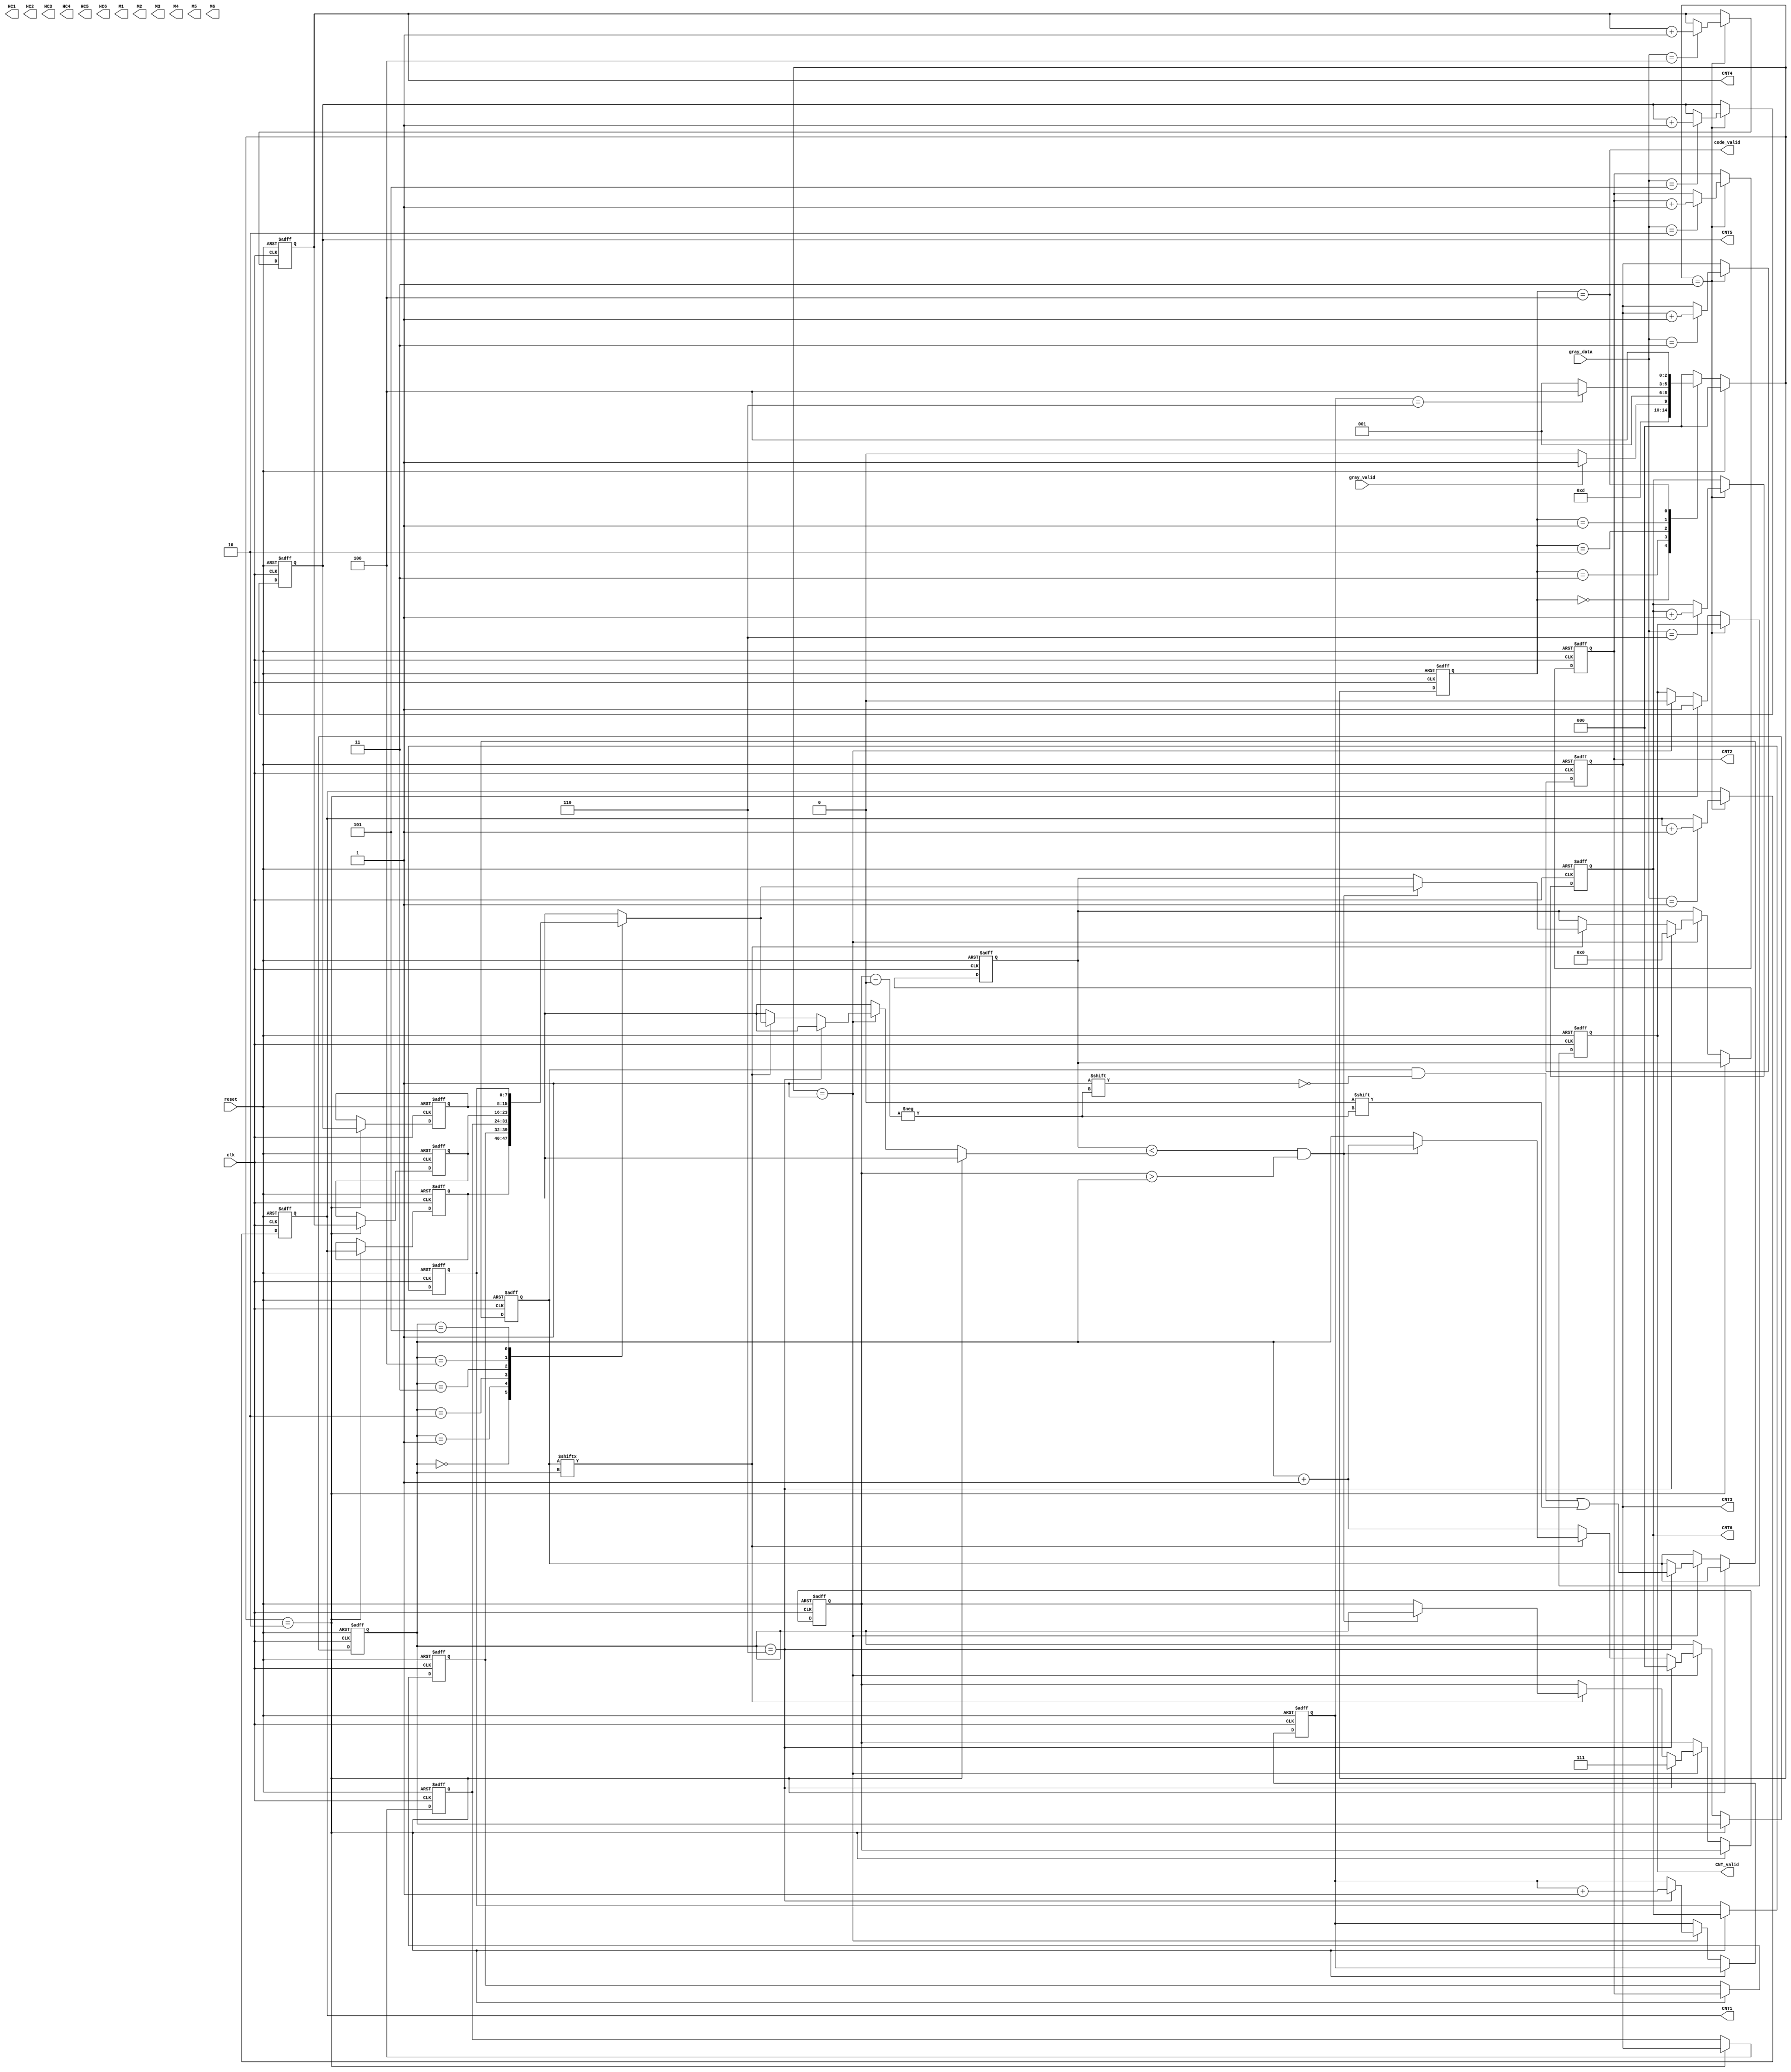
module huffman(clk, reset, gray_data, gray_valid, CNT_valid, CNT1, CNT2, CNT3, CNT4, CNT5, CNT6,
    code_valid, HC1, HC2, HC3, HC4, HC5, HC6, M1, M2, M3, M4, M5, M6);

input clk;
input reset;
input gray_valid;
input [7:0] gray_data;
output reg CNT_valid;
output reg [7:0] CNT1, CNT2, CNT3, CNT4, CNT5, CNT6;
output code_valid;
output [7:0] HC1, HC2, HC3, HC4, HC5, HC6;
output [7:0] M1, M2, M3, M4, M5, M6;
  
reg [2:0]state, next_state;
parameter IDLE = 3'd0,
    INIT = 3'd1,
    CNT_OUT = 3'd2,
    READ = 3'd3,
    COMB = 3'd4,
    SPLIT = 3'd5,
    OUT = 3'd6;

reg [2:0] counter1;
reg [2:0] counter2;
reg [2:0] max_idx;
reg [7:0] max_val;
reg [7:0] arr_val[0:5];
reg [2:0] arr_idx[0:5];
reg [7:0] sorted_val[0:5];
reg [2:0] sorted_idx[0:5];
reg [5:0] record;

assign code_valid = (state == COMB);

integer i;

always@(posedge clk or posedge reset)begin
    if(reset)
        state <= IDLE;
    else 
        state <= next_state;
end

always@(*)begin
    if(reset)
        next_state = IDLE;
    else begin
        case(state)
            IDLE:
                next_state = READ;
            READ:begin
                if(gray_valid == 1) next_state = READ;
                else next_state = CNT_OUT;  
            end
            CNT_OUT: next_state = INIT;
            INIT:begin
                if(counter1 == 6) next_state = COMB;
                else next_state = INIT;
            end
            COMB:begin
                next_state = COMB;
                // if() next_state = OUT;
                // else next_state = CAL;
            end 
            // SPLIT:
            // OUT:
            //     next_state = READ; 
            default:    next_state = IDLE;
        endcase
    end 
end


//DATA INPUT
always@(posedge clk or posedge reset)begin
    if(reset)begin
        CNT1 <= 0;
        CNT2 <= 0;
        CNT3 <= 0;
        CNT4 <= 0;
        CNT5 <= 0;
        CNT6 <= 0;
        CNT_valid <= 0;
    end
    else begin
        if(next_state == READ)begin
            case(gray_data)
                1: CNT1 <= CNT1 + 1;
                2: CNT2 <= CNT2 + 1;
                3: CNT3 <= CNT3 + 1;
                4: CNT4 <= CNT4 + 1;
                5: CNT5 <= CNT5 + 1;
                6: CNT6 <= CNT6 + 1;
            endcase
        end
        else if(next_state == CNT_OUT)
            CNT_valid <= 1;
        else if(next_state == INIT)begin 
            CNT_valid <= 0;                  
        end
    end
end


//DATA SORTING
always@(posedge clk or posedge reset)begin
    if(reset)begin
        for(i=0;i<6;i=i+1)
            arr_val[i] <= 0;
        max_idx <= 7;
        max_val <= 0;
        counter1 <= 0;
        for(i=0;i<6;i=i+1)
            record[i] <= 1;
        counter2 <= 0;
    end
    else begin
        if(next_state == CNT_OUT)begin
            arr_val[0] <= CNT1;
            arr_val[1] <= CNT2;
            arr_val[2] <= CNT3;
            arr_val[3] <= CNT4;
            arr_val[4] <= CNT5;
            arr_val[5] <= CNT6;
            for(i=0;i<6;i=i+1)
                arr_idx[i] <= i+1;
        end
        else if(next_state == INIT)begin
            if(counter2 == 6)begin
                counter2 = 0;
                record[max_idx] <= 0;
                sorted_val[counter1] <= max_val;
                sorted_idx[counter1] <= max_idx;
                max_idx <= 7;
                max_val <= 0;
                counter1 <= counter1 + 1;
            end 
            else if(record[counter2] == 0)   
                counter2 <= counter2 + 1;
            else if(max_val < arr_val[counter2] && max_idx > counter2)begin
                max_idx <= counter2;
                max_val <= arr_val[counter2];
                counter2 <= counter2 + 1;
            end
        end
    end
end


endmodule